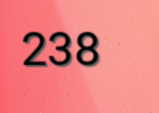
238